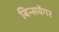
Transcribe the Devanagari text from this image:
बिन्सवेंगर